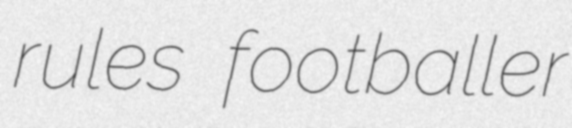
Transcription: rules footballer